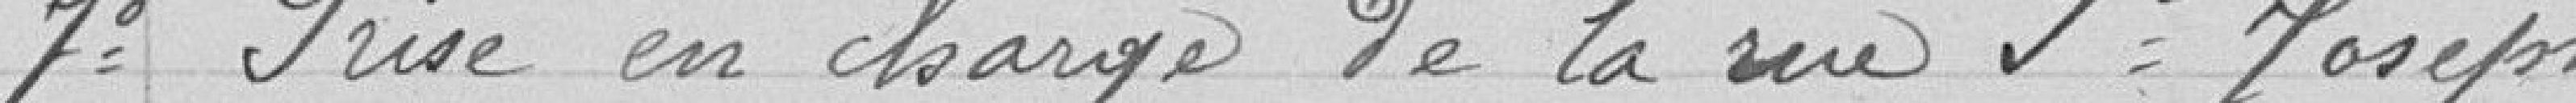
7° Prise en charge de la rue St Joseph